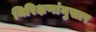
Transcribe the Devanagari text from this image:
निरिक्षणांनुसार